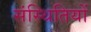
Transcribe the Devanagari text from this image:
संस्थितियों